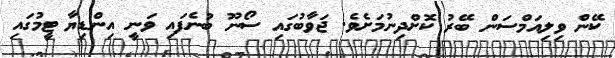
ކޭން ވިލިއަމްސަން ބޭރު ކޮށްދިނުމަށެވެ. ޖަވާބުގައި ސޯނޫ ބުނެފައި ވަނީ އިންޑިޔާ ޓީމުގައި